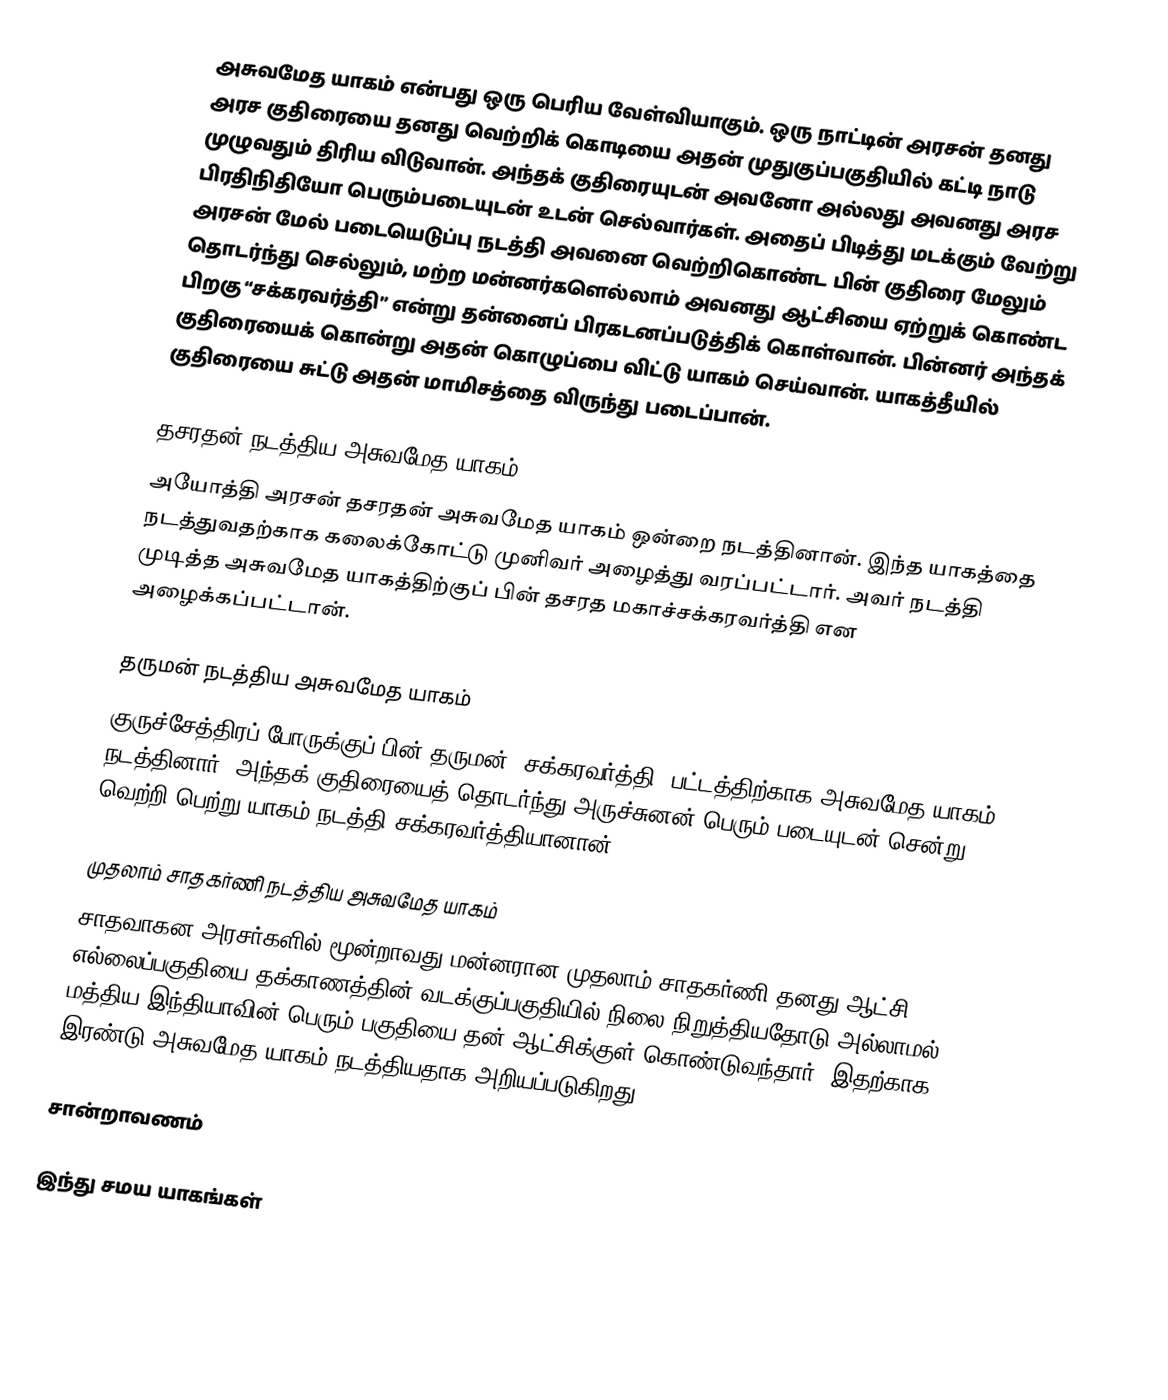
அசுவமேத யாகம் என்பது ஒரு பெரிய வேள்வியாகும். ஒரு நாட்டின் அரசன் தனது அரச குதிரையை தனது வெற்றிக் கொடியை அதன் முதுகுப்பகுதியில் கட்டி நாடு முழுவதும் திரிய விடுவான். அந்தக் குதிரையுடன் அவனோ அல்லது அவனது அரச பிரதிநிதியோ பெரும்படையுடன் உடன் செல்வார்கள். அதைப் பிடித்து மடக்கும் வேற்று அரசன் மேல் படையெடுப்பு நடத்தி அவனை வெற்றிகொண்ட பின் குதிரை மேலும் தொடர்ந்து செல்லும், மற்ற மன்னர்களெல்லாம் அவனது ஆட்சியை ஏற்றுக் கொண்ட பிறகு “சக்கரவர்த்தி” என்று தன்னைப் பிரகடனப்படுத்திக் கொள்வான். பின்னர் அந்தக் குதிரையைக் கொன்று அதன் கொழுப்பை விட்டு யாகம் செய்வான். யாகத்தீயில் குதிரையை சுட்டு அதன் மாமிசத்தை விருந்து படைப்பான்.

தசரதன் நடத்திய அசுவமேத யாகம்
அயோத்தி அரசன் தசரதன் அசுவமேத யாகம் ஒன்றை நடத்தினான். இந்த யாகத்தை நடத்துவதற்காக கலைக்கோட்டு முனிவர்  அழைத்து வரப்பட்டார். அவர் நடத்தி முடித்த அசுவமேத யாகத்திற்குப் பின் தசரத மகாச்சக்கரவர்த்தி என அழைக்கப்பட்டான்.

தருமன் நடத்திய அசுவமேத யாகம்
குருச்சேத்திரப் போருக்குப் பின் தருமன் “சக்கரவர்த்தி” பட்டத்திற்காக அசுவமேத யாகம் நடத்தினார். அந்தக் குதிரையைத் தொடர்ந்து அருச்சுனன் பெரும் படையுடன் சென்று வெற்றி பெற்று யாகம் நடத்தி சக்கரவர்த்தியானான்.

முதலாம் சாதகர்ணி நடத்திய அசுவமேத யாகம்
சாதவாகன அரசர்களில் மூன்றாவது மன்னரான முதலாம் சாதகர்ணி தனது ஆட்சி எல்லைப்பகுதியை தக்காணத்தின் வடக்குப்பகுதியில் நிலை நிறுத்தியதோடு அல்லாமல் மத்திய இந்தியாவின் பெரும் பகுதியை தன் ஆட்சிக்குள் கொண்டுவந்தார். இதற்காக இரண்டு அசுவமேத யாகம் நடத்தியதாக அறியப்படுகிறது.

சான்றாவணம்

இந்து சமய யாகங்கள்